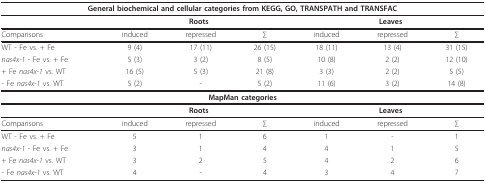
| <COLSPAN=7> General biochemical and cellular categories from KEGG, GO, TRANSPATH and TRANSFAC |
 | --- | --- | --- | --- | --- | --- | --- |
 |  | <COLSPAN=3> Roots | <COLSPAN=3> Leaves |
 | Comparisons | induced | repressed | ∑ | induced | repressed | ∑ |
 | WT - Fe vs. + Fe | 9 (4) | 17 (11) | 26 (15) | 18 (11) | 13 (4) | 31 (15) |
 | nas4x-1 - Fe vs. + Fe | 5 (3) | 3 (2) | 8 (5) | 10 (8) | 2 (2) | 12 (10) |
 | + Fe nas4x-1 vs. WT | 16 (5) | 5 (3) | 21 (8) | 3 (3) | 2 (2) | 5 (5) |
 | - Fe nas4x-1 vs. WT | 5 (2) | - | 5 (2) | 11 (6) | 3 (2) | 14 (8) |
 | <COLSPAN=7> MapMan categories |
 |  | <COLSPAN=3> Roots | <COLSPAN=3> Leaves |
 | Comparisons | induced | repressed | ∑ | induced | repressed | ∑ |
 | WT - Fe vs. + Fe | 5 | 1 | 6 | 1 | - | 1 |
 | nas4x-1 - Fe vs. + Fe | 3 | 1 | 4 | 4 | 1 | 5 |
 | + Fe nas4x-1 vs. WT | 3 | 2 | 5 | 4 | 2 | 6 |
 | - Fe nas4x-1 vs. WT | 4 | - | 4 | 3 | 4 | 7 |